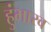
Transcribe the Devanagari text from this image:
हुंभारव